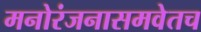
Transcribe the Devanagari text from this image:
मनोरंजनासमवेतच